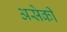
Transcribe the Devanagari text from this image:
असेकी